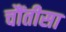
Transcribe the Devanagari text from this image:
चौंतीसा